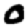
Digit: 0